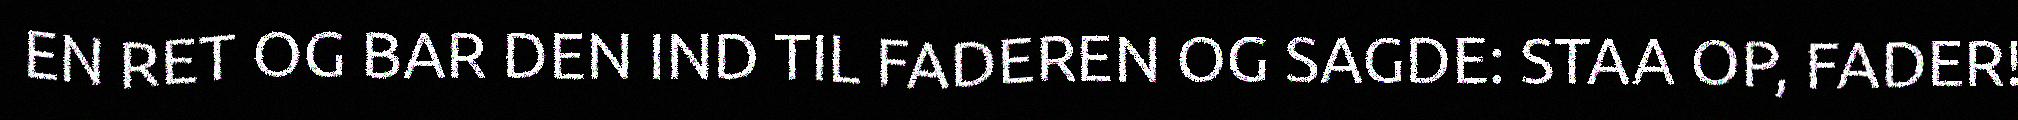
EN RET OG BAR DEN IND TIL FADEREN OG SAGDE: STAA OP, FADER!